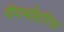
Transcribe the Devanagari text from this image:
गैंगमॉप्टरिस